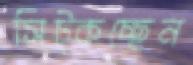
সিট্‌কচ্ছেন